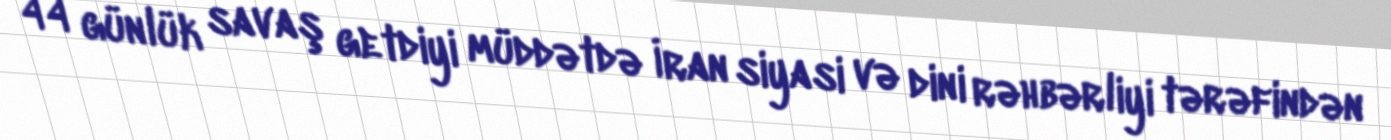
44 günlük savaş getdiyi müddətdə İran siyasi və dini rəhbərliyi tərəfindən